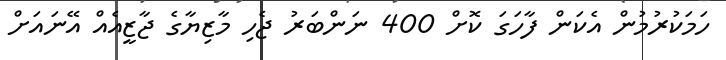
ހަމަކުރުމުން އެކަން ފާހަގަ ކޮށް 400 ނަންބަރު ޖެހި މާޒިޔާގެ ޖާޒީއެއް އޭނައަށް